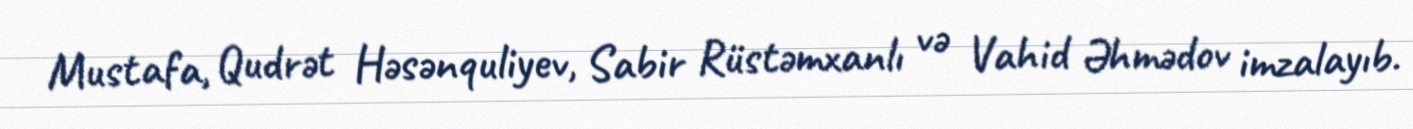
Mustafa, Qudrət Həsənquliyev, Sabir Rüstəmxanlı və Vahid Əhmədov imzalayıb.